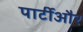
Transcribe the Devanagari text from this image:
पार्टीऔर